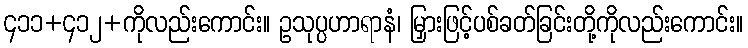
၄၁၁+၄၁၂+ကိုလည်းကောင်း။ ဥသုပ္ပဟာရာနံ၊ မြှားဖြင့်ပစ်ခတ်ခြင်းတို့ကိုလည်းကောင်း။